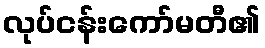
လုပ်ငန်းကော်မတီ၏